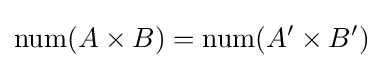
\mathrm {num} (A\times B)=\mathrm {num} (A'\times B')